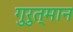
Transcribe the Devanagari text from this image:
गुरुत्मान